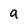
Character: a